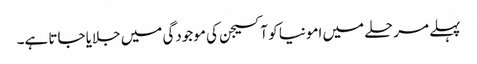
پہلے مرحلے میں امونیا کو آکسیجن کی موجودگی میں جلایا جاتا ہے۔